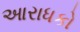
આરાધકો